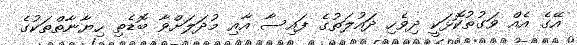
އޭގެ އެއް ވަގުތުކޮޅަކީ ދިވެހި ދައުލަތުގެ ފައިސާ އާއި މުދަލަށްވާ ބޮޑެތި ހިޔާނާތްތަކުގެ